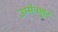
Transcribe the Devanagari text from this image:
उम्मेनश्वर